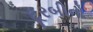
દૂરબીનો